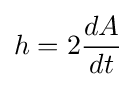
h=2{\frac {dA}{dt}}